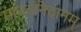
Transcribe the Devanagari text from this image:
माधवनिदानम्